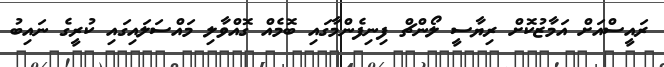
ރައީސްއަށް އަމާޒުކޮށް ރިޔާސީ ލޯންޗް ފިނިފެންމާގައި ބޮމެއް ގޮއްވާލި މައްސަލައިގައި ކުރީގެ ނައިބު